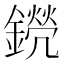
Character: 𨭊